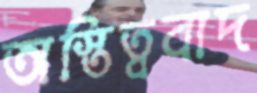
অস্তিত্ববাদ